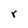
Character: r